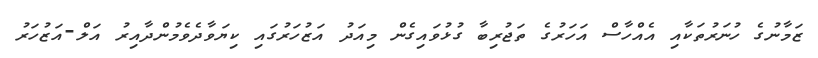
ޒަމާނުގެ ހުނަރުތަކާއި އެއްހާސް އަހަރުގެ ތަޖުރިބާ ގުޅުވައިގެން މިއަދު އަޒުހަރުގައި ކިޔަވާދެވެމުންދާއިރު އަލް-އަޒުހަރު